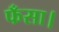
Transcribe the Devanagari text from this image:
फँसा।